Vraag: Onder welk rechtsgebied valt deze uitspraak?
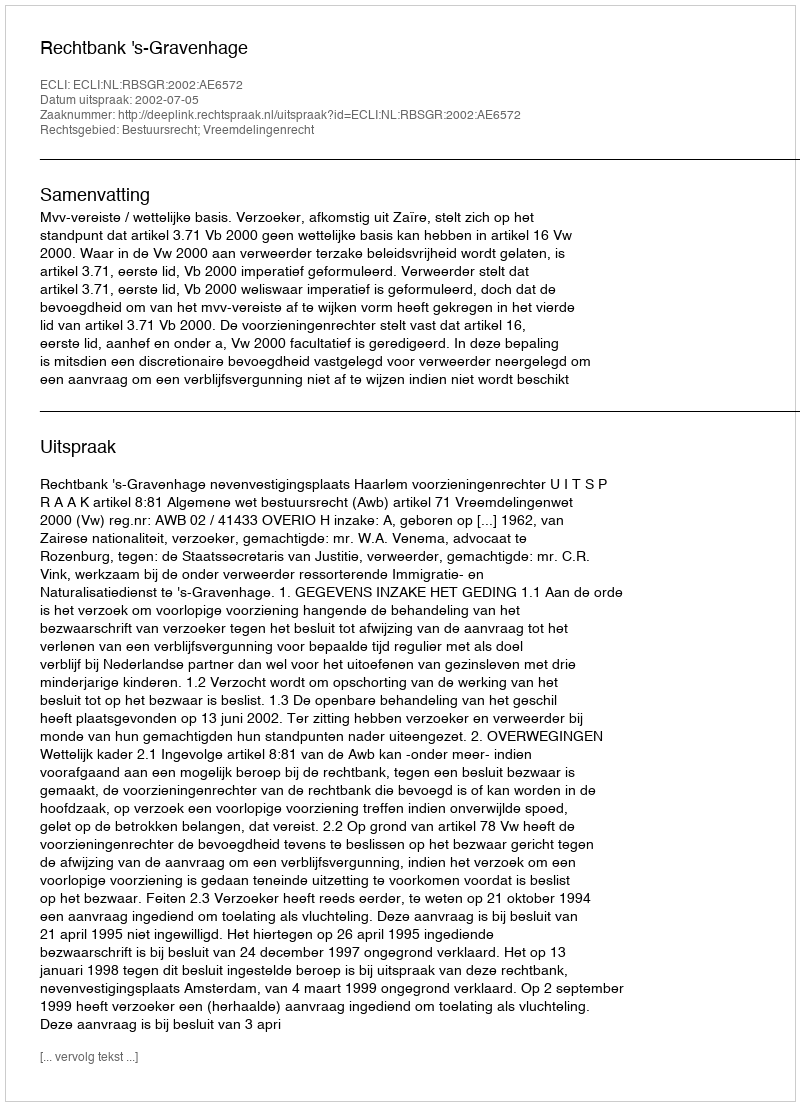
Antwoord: Bestuursrecht; Vreemdelingenrecht